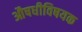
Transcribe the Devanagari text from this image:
औषधीविषयक